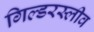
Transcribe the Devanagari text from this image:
गिल्डरस्लीव